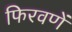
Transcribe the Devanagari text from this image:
फिरवणें